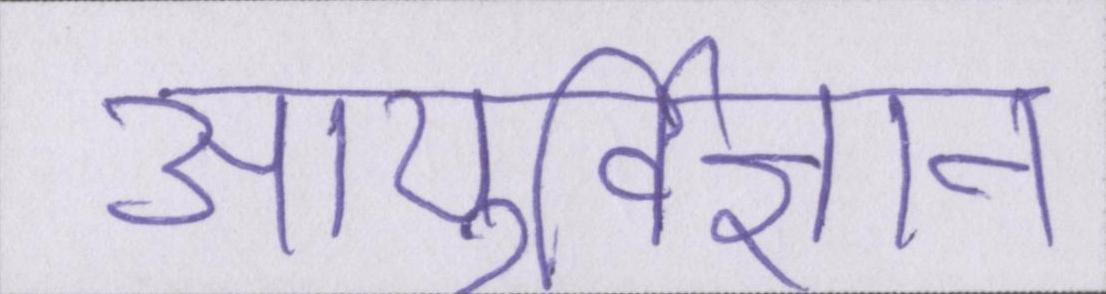
आयुर्विज्ञान